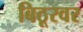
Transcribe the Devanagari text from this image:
बिठूरवर